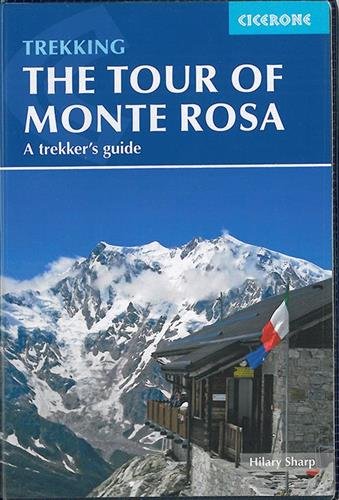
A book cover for The Tour of Monte Rosa: A Trekker's Guide; Hilary Sharp; Travel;